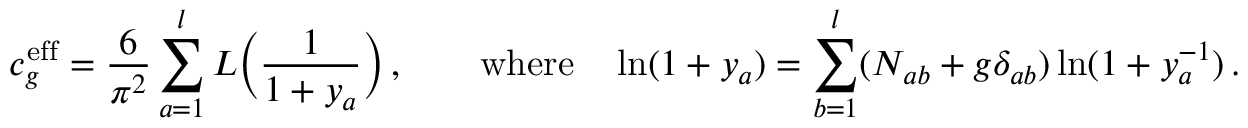
c _ { g } ^ { \mathrm { e f f } } = \frac { 6 } { \pi ^ { 2 } } \sum _ { a = 1 } ^ { l } L \Bigl ( \frac { 1 } { 1 + y _ { a } } \Bigr ) \, , \qquad \mathrm { w h e r e } \quad \ln ( 1 + y _ { a } ) = \sum _ { b = 1 } ^ { l } ( N _ { a b } + g \delta _ { a b } ) \ln ( 1 + y _ { a } ^ { - 1 } ) \, .